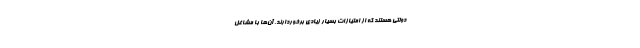
دولتی هستند که از امتیازات بسیار زیادی برخوردارند. آن‌ها با مشاغل